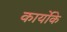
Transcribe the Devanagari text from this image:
कार्योके